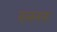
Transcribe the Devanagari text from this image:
वलनक